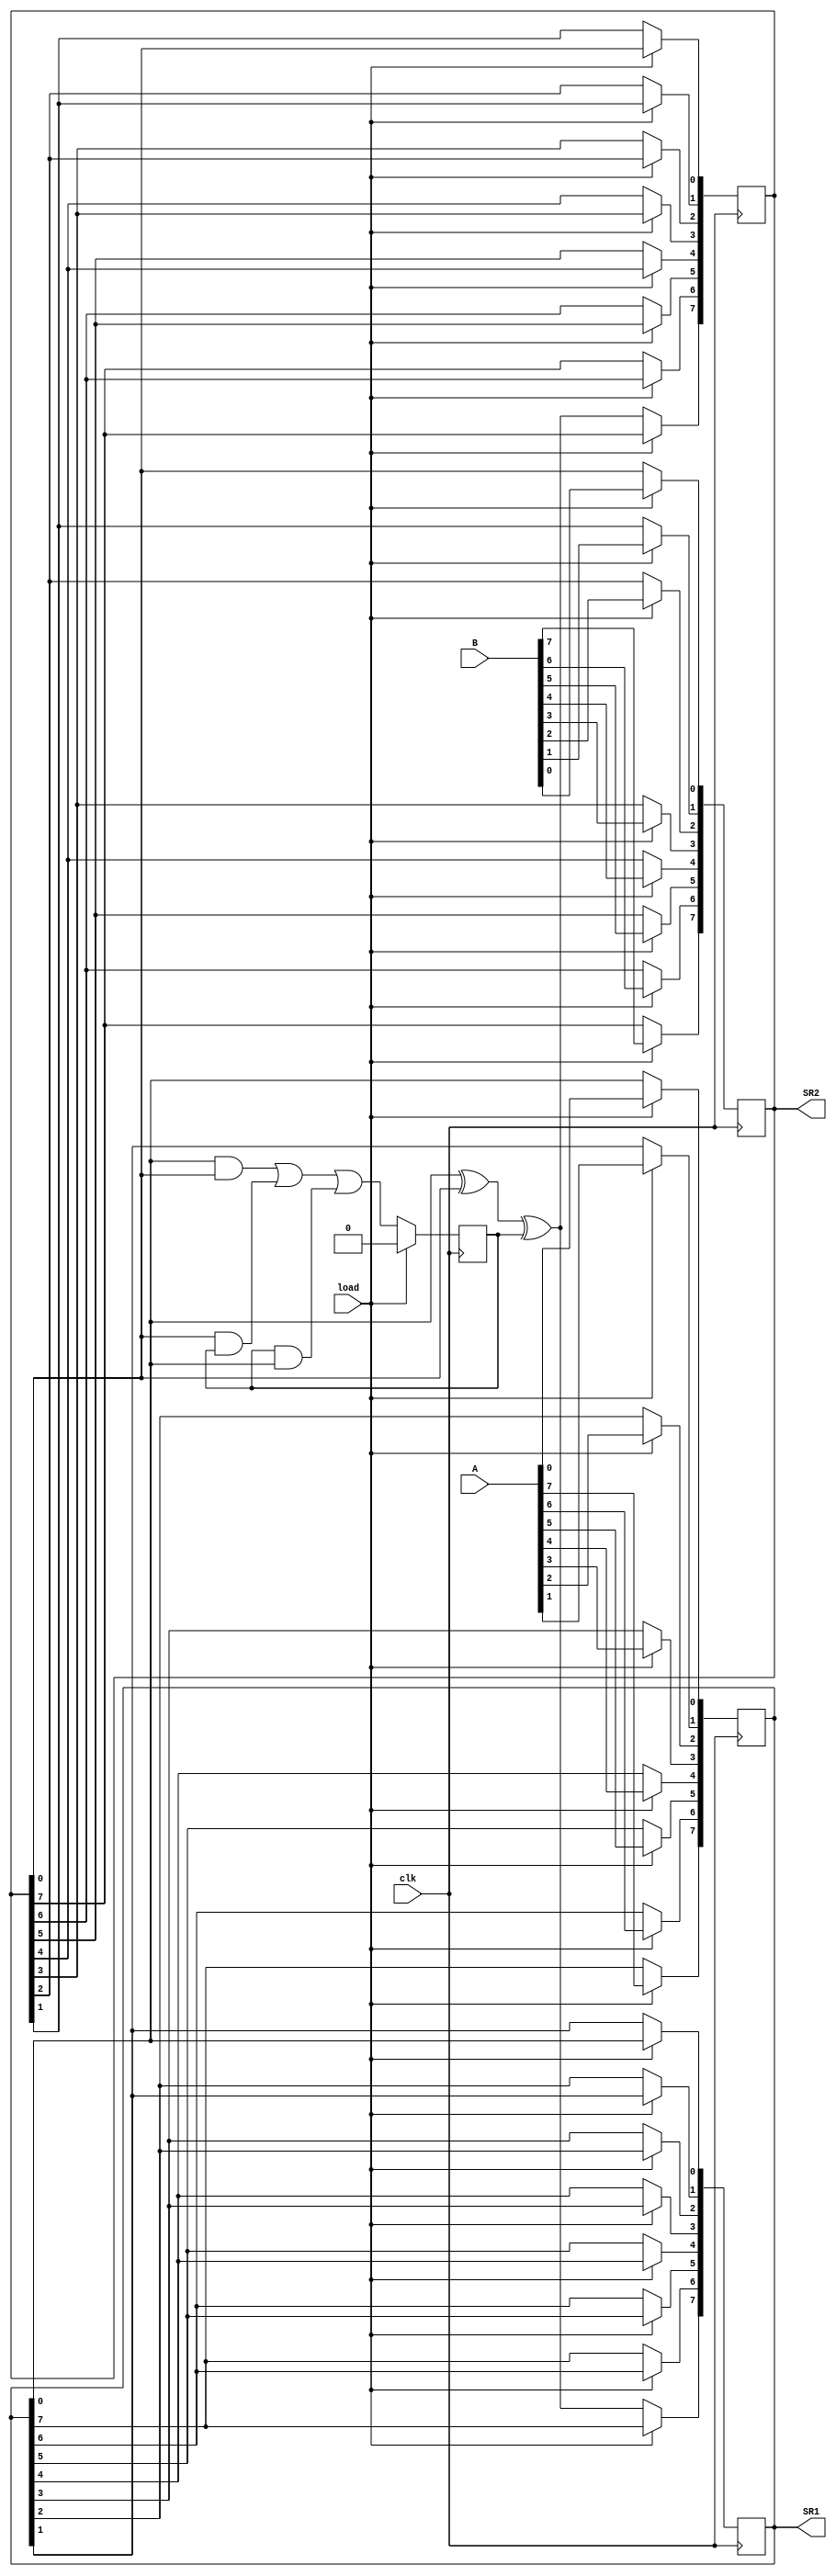
`timescale 1ns / 1ps
//////////////////////////////////////////////////////////////////////////////////
// Company: 
// Engineer: 
// 
// Design Name: 
// Module Name: serial_adder
// Project Name: 
// Target Devices: 
// Tool Versions: 
// Description: 
// 
// Dependencies: 
// 
// Revision:
// Revision 0.01 - File Created
// Additional Comments:
// 
//////////////////////////////////////////////////////////////////////////////////


module serial_adder(A,B,clk,load,SR1,SR2);
input [7:0]A,B;
input clk,load;
output reg [7:0]SR1,SR2;
wire S,Carry;
reg C=0;
wire [7:0]D,E;

assign D[7]=load?A[7]:SR1[7];
assign D[6]=load?A[6]:SR1[6];
assign D[5]=load?A[5]:SR1[5];
assign D[4]=load?A[4]:SR1[4];
assign D[3]=load?A[3]:SR1[3];
assign D[2]=load?A[2]:SR1[2];
assign D[1]=load?A[1]:SR1[1];
assign D[0]=load?A[0]:SR1[0];

assign E[7]=load?B[7]:SR2[7];
assign E[6]=load?B[6]:SR2[6];
assign E[5]=load?B[5]:SR2[5];
assign E[4]=load?B[4]:SR2[4];
assign E[3]=load?B[3]:SR2[3];
assign E[2]=load?B[2]:SR2[2];
assign E[1]=load?B[1]:SR2[1];
assign E[0]=load?B[0]:SR2[0];

always @(posedge clk)
begin
if(load)
    SR1[0]=D[0];
    SR1[1]=D[1];
    SR1[2]=D[2];
    SR1[3]=D[3];
    SR1[4]=D[4];
    SR1[5]=D[5];
    SR1[6]=D[6];
    SR1[7]=D[7];
    
    SR2[0]=E[0];
    SR2[1]=E[1];
    SR2[2]=E[2];
    SR2[3]=E[3];
    SR2[4]=E[4];
    SR2[5]=E[5];
    SR2[6]=E[6];
    SR2[7]=E[7];
end

assign S=SR1[0]^SR2[0]^C;
assign Carry=(SR1[0]&SR2[0])|(SR2[0]&C)|(C&SR1[0]);

always @(posedge clk)
begin
    if(load==1'b0)
    begin
        if(Carry==1'bx)
            C=0;
        else
            C=Carry;
        SR1[0]=SR1[1];
        SR1[1]=SR1[2];
        SR1[2]=SR1[3];
        SR1[3]=SR1[4];
        SR1[4]=SR1[5];
        SR1[5]=SR1[6];
        SR1[6]=SR1[7];
        SR1[7]=S;
        SR2[0]=SR2[1];
        SR2[1]=SR2[2];
        SR2[2]=SR2[3];
        SR2[3]=SR2[4];
        SR2[4]=SR2[5];
        SR2[5]=SR2[6];
        SR2[6]=SR2[7];
        SR2[7]=S;
    end
    else
        C=0;
end
endmodule